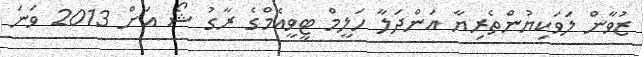
ޒުވާން ލަވަކިޔުންތެރިޔާ އަންދަލާ ހަލީމް ޓީވީއެމްގެ ރާގު ޝޯ އަށް 2013 ވަނަ